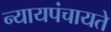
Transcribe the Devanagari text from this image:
न्यायपंचायते